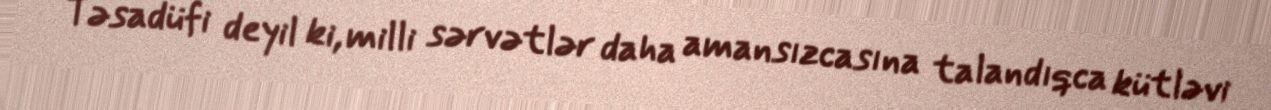
Təsadüfi deyil ki, milli sərvətlər daha amansızcasına talandıqca kütləvi